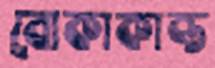
বোকাকান্ত